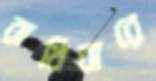
রাখিবারে